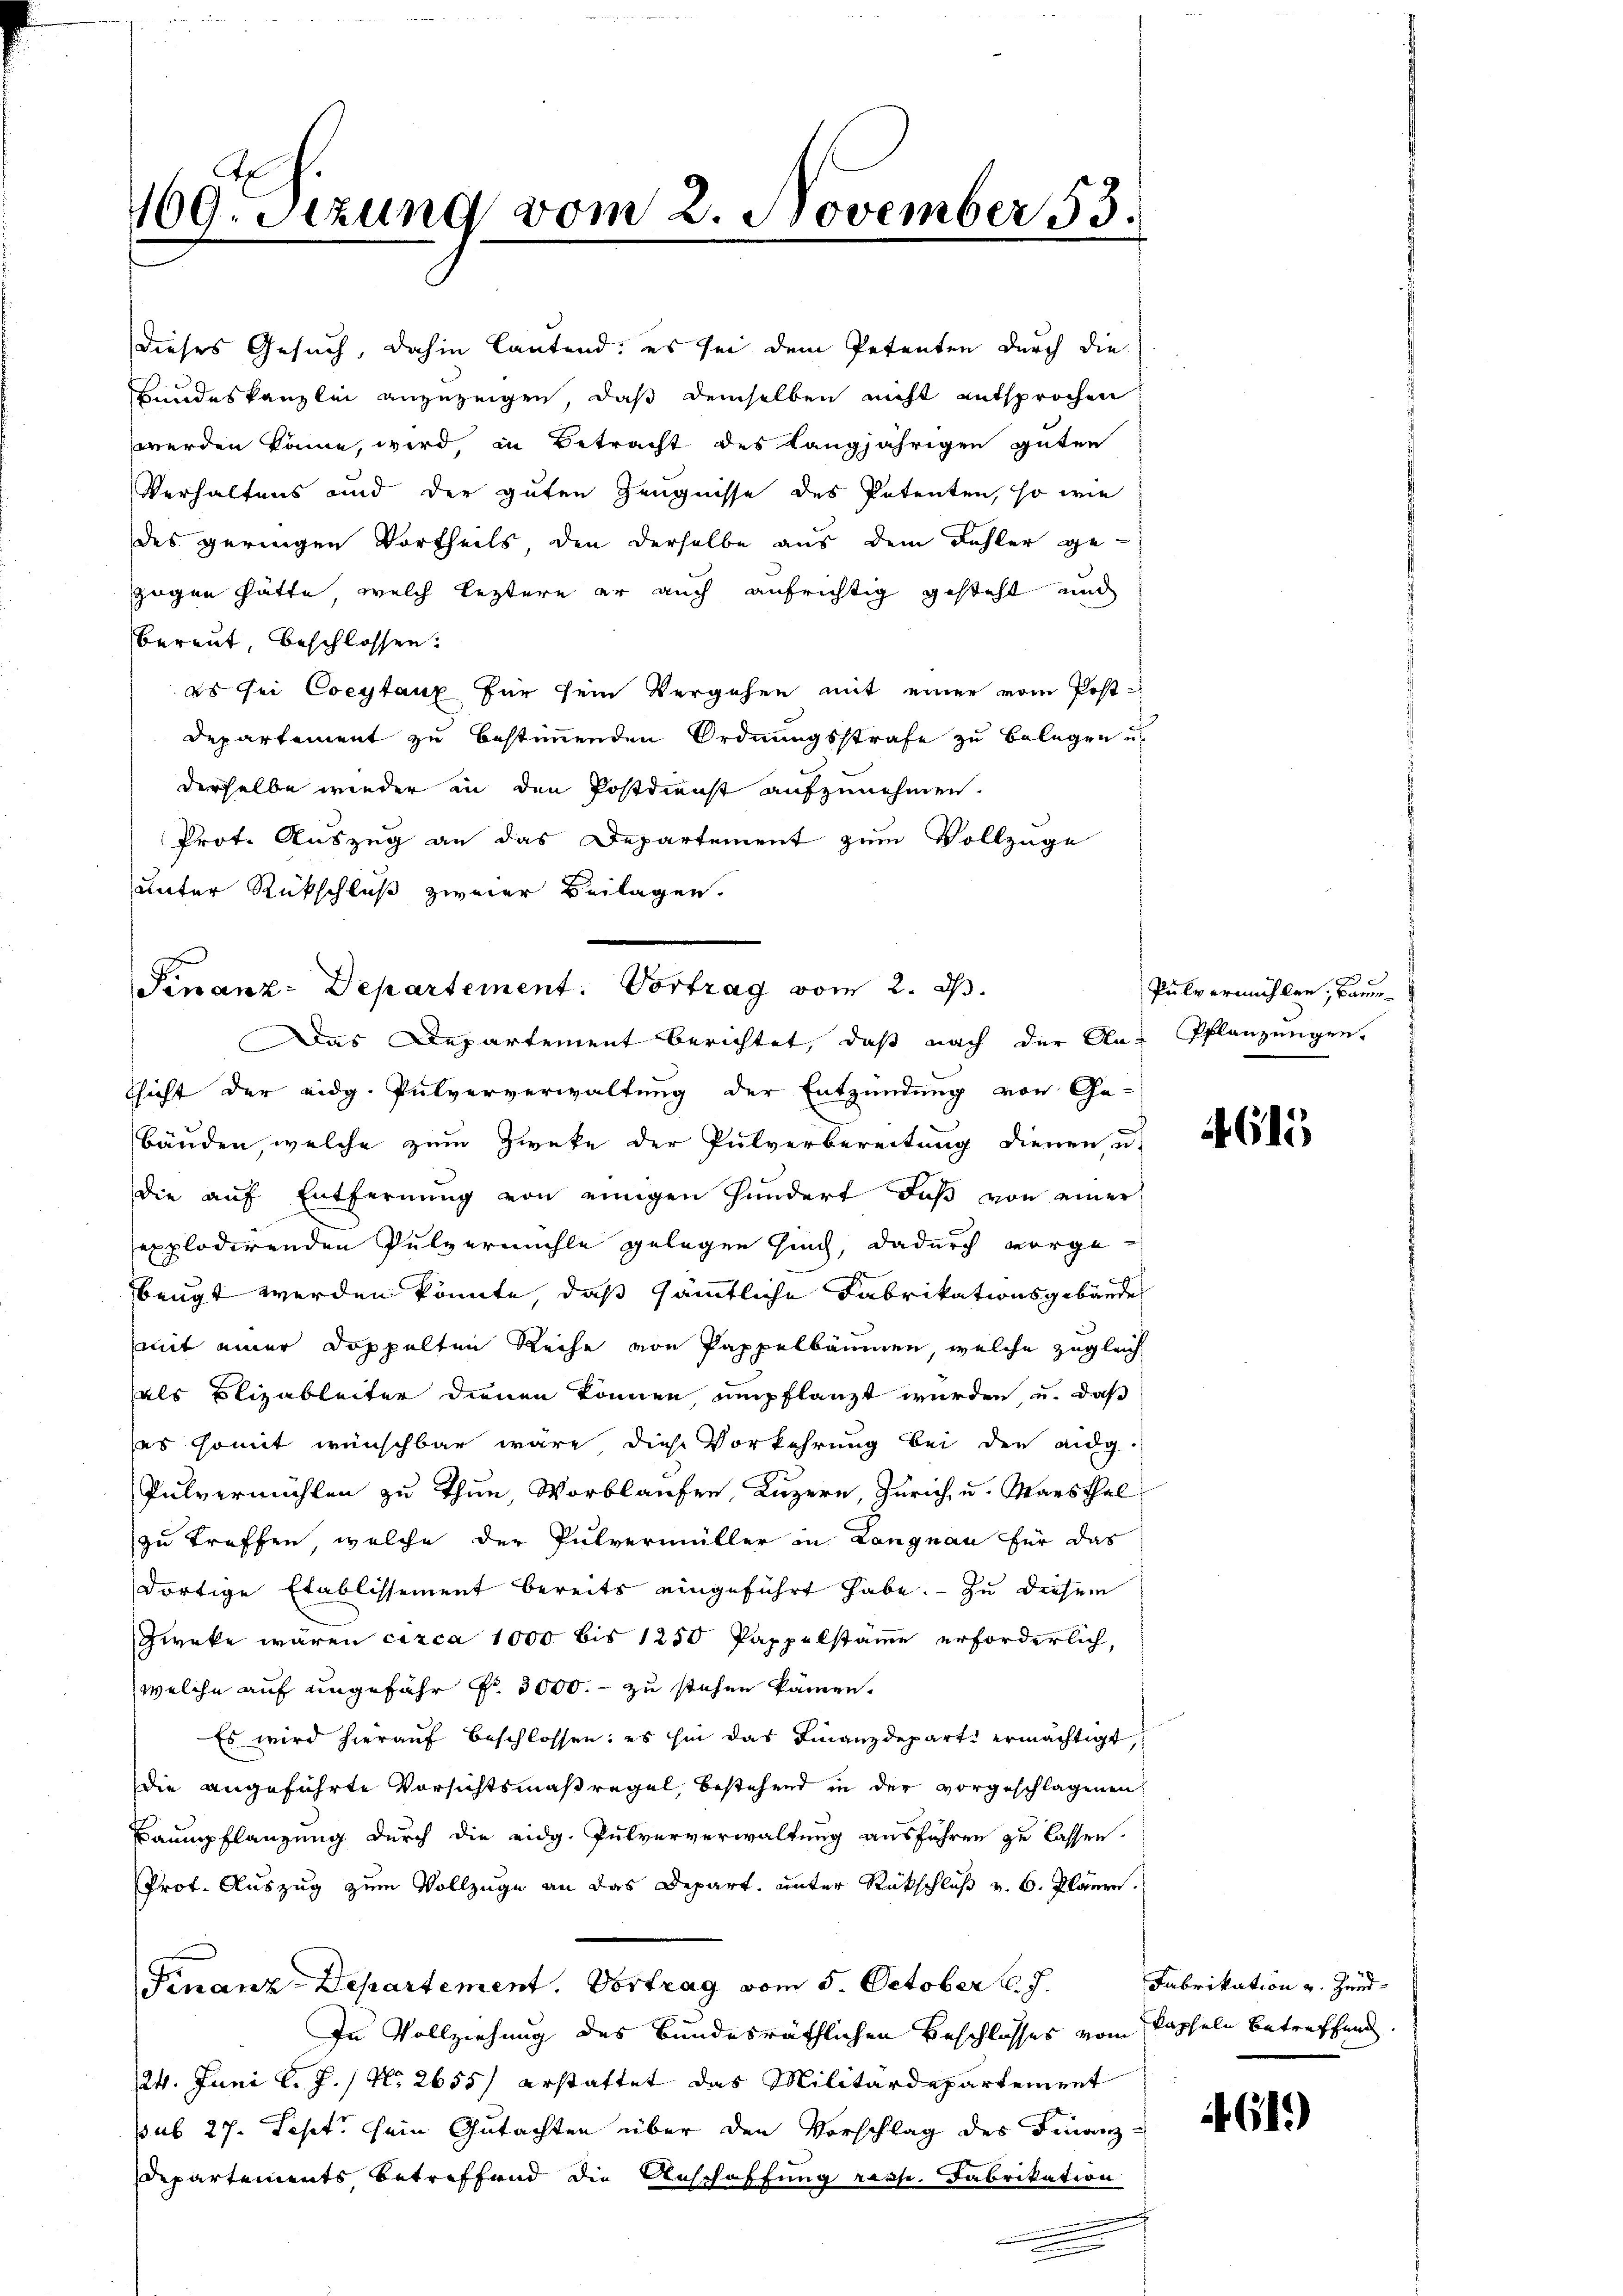
109. Setzung vom 2. November 53.

Verhaltens und der guten Zeugnisse des Petenten, so wie
des geringen Vortheils den derselbe aus dem Fehler ge-
zogen hätte, welch leztere er auch aufrichtig gesteht und
bereut, beschlossen:
es sei Coeytaux für sein Vergehen mit einer vom Post-
Departement zu bestimmenden Ordnungsstrafe zu belegen u.
derselbe wieder in den Postdienst aufzunehmen.
Prot. Auszug an das Departement zum Vollzuge
unter Rückschluß zweier Beilagen.

dieses Gesuch, dahin lautend; es sei dem Petenten durch die
Bundeskanzlei anzuzeigen, daß demselben nicht entsprochen
werden käme, wird, in Betracht des langjährigen guten

Finanz-Departement. Vortrag vom 2. d.
Das Departement berichtet, daß nach der Glas Pflanzungen.

ssicht der eidg. Pulververwaltung der Entzündung von Ge-
bäuden, welche zum Zwecke der Pulverbereitung dienen u.
die aŭf Entfernŭng von einigen Hundert, daβ von einer
explodirenden Pulvermühle gelegen sich, dadurch vorge-
beugt werden könnte, daß sämmtliche Fabrikationsgebäude
mit einer Doppelten Reihe von Pappelbäumen, welche zugleich
als Blizableiter dienen können empflanzt wurden, u. daß
es somit wünschbar wäre diese Vorkehrung bei den eidg.
Pulvermühlen zu thun, Vorblaufen, Luzern, Zürich, u. Marschal
zu treffen, welche der Pulvermüller in Langnau für das
dortige Etablissement bereits eingeführt habe. — Zu diesem
Zweke wären circa 1000 bis 1250 Pappelstämme erforderlich,
welche auf ungefähr Nr. 3000.- zu stehen kämen.
Es wird hierauf beschlossen: es hin das Finanzdepart ermächtigt,
die angeführte Vorsichtsmaßregel, bestehend in der vorgeschlagenen
Baumpflanzung durch die eidg. Pulververwaltung ausführen zu lassen.
Prot. Auszug zum Vollzuge an das Depart. unter Rückschluß v. 6. Plänen.
Finanz-Departement. Vortrag vom 5. October l. J.
In Vollziehung des Bundesräthlichen Beschlosses vom Kapseln betreffend
24. Juni l. J. / No. 2655/ erstattet das Militärdepartement
sub 27. Sept. sein Gutachten über den Vorschlag des Finanz-
Departements betreffend die Anschaffung resp. Fabrikation

Pulvermühlen, Baum¬

4615

Fabrikation v. Zund¬

619)